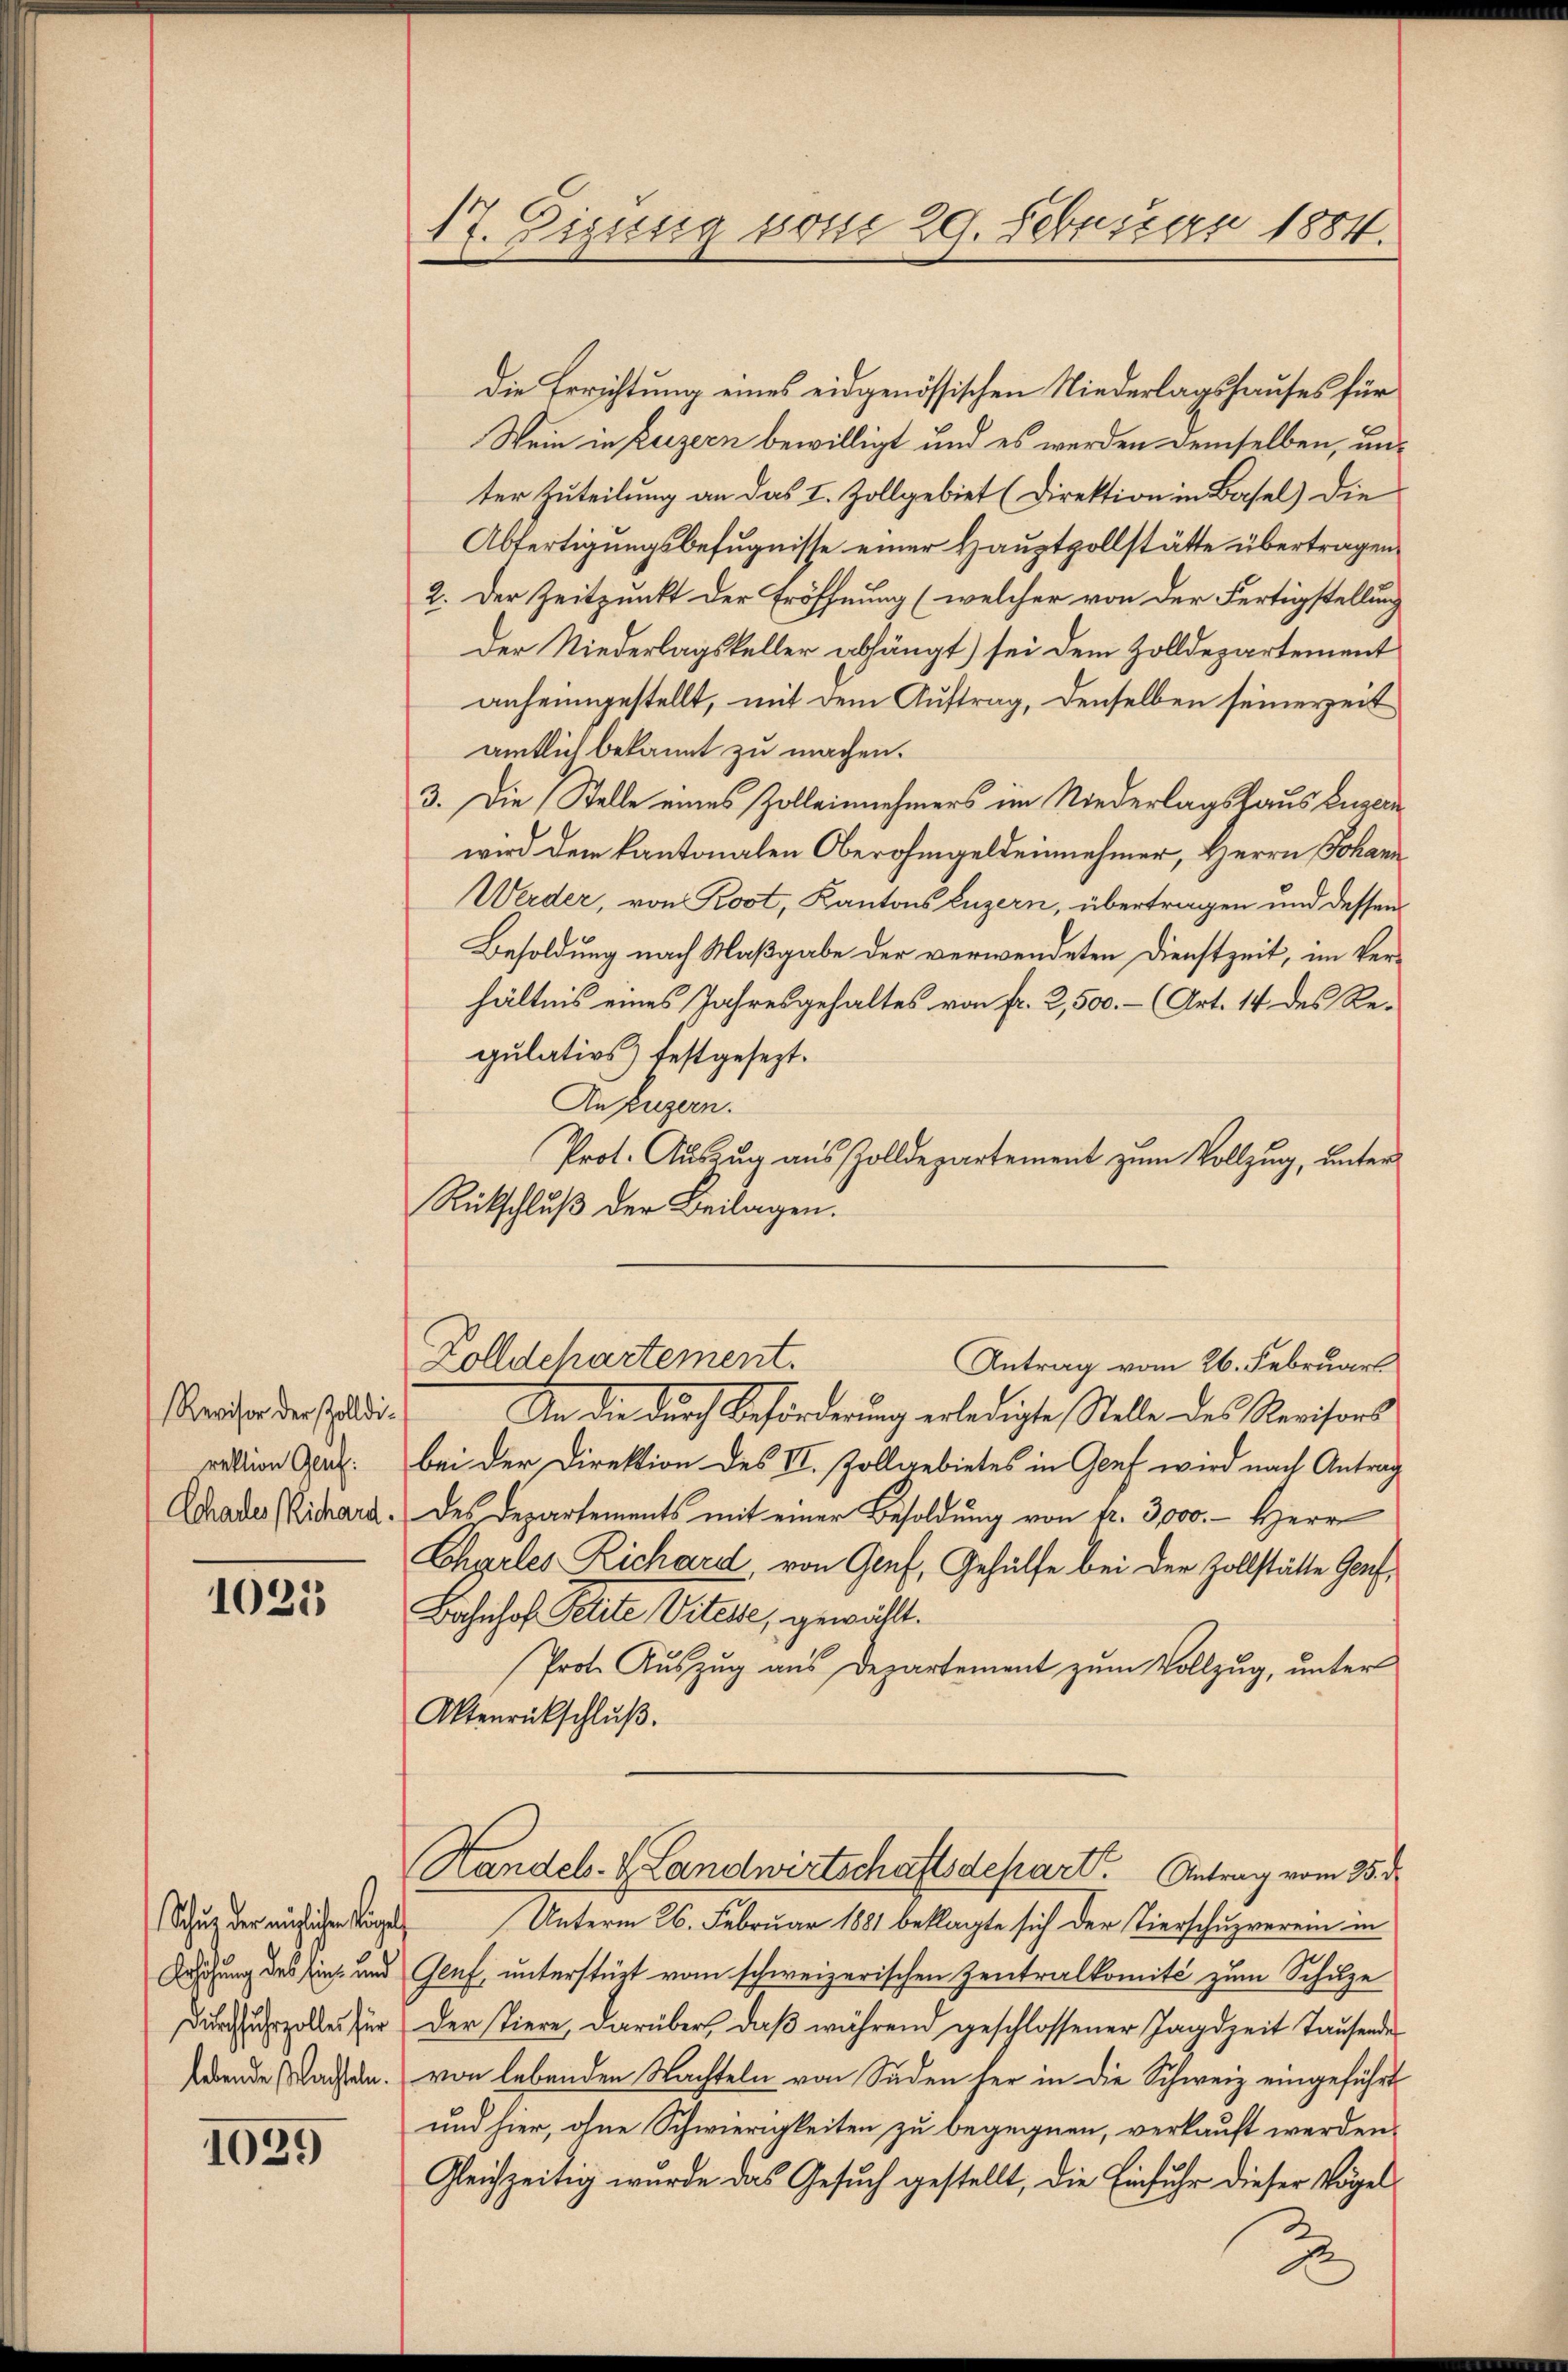
Revisor der Zolldi.
rektion Gauf:
Cchales (Richard.

1025

Schutz der möglichen beigel
Durchfuhrzolles für

1035

17. Eigung vom 29. Februar 1884.

Die Errichtung eines eidgenössischen Niederlagshauses für
Wein in Beizern bewilligt und es werden demselben, unter Zuteilung an das I. Zollgebiet (Direktion in Basel) die
Abfertigungsbefugnisse einer Hauptpollstätte übertragen.
2. Der Zeitpunkt der Eröffnung (welcher von der Fertigstellung
Der Niederlagskeller abhängt) sei dem Zolldepartement
anheimgestellt, mit dem Auftrag, denselben seinerzeit
amtlich bekannt zu machen.
3. Die Stelle eines Zolleinnehmers im Niederlagshaus Luzern
wird dem kantonalen Oberohmgeldeinnehmer, Herrn Johann
Werder, von Root, Kantons Luzern, übertragen und dessen
Besoldung nach Maßgabe der verwendeten Dienstzeit, im Verhältnis eines Jahresgehaltes von fr. 2,500.- (Art. 14 des Regulativs) festgesezt.
An Puzern.
Prot. Auszug aus Zolldepartement zum Vollzug, unter
Rückschluß der Beilagen.
Zolldchartement.
Antrag vom 26. Februart
An die durch Beförderung erledigte Stelle des Revisors
bei der Direktion des II. Zollgebietes in Genf wird nach Antrag
des Departements mit einer Besoldung von Nr. 3000.- Herr
Charles Richard, von Genf, Gehülfe bei der Zollstätte Genf,
Bahnhof Petite Vitesse, gewählt.
Prot. Auszug aus Departement zum Vollzug, unter
Aktenrückschlŭβ
Handel. z. Landwirtschaftsdepart. Antrag vom 25. d.
Unterm 26. Februar 1881 beklagte sich der Tierschuzverein in
Duschung des Eins- und Genf unterstüzt vom schweizerischen Zentralkomité zum Schuze
Der Tiere, darüber, daβ während geschlossener Jagdzeit Tausende
hebende Wachten. von lebenden Nachteln von Süden her in die Schweiz eingeführt
und hier, ohne Schwierigkeiten zu begegnen, verkauft werden.
Gleichzeitig wurde das Gesuch gestellt, die Einfuhr dieser Vögel

2